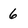
Character: 6